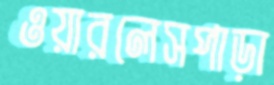
ওয়ারলেসপাড়া